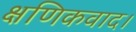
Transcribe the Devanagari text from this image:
क्षणिकवाद।